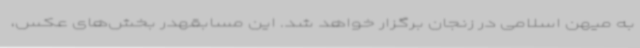
به میهن اسلامی در زنجان برگزار خواهد شد. این مسابقهدر بخش‌های عکس،